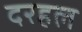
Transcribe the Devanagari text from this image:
दरहल